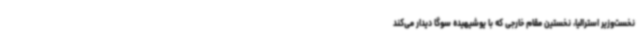
نخست‌وزیر استرالیا، نخستین مقام خارجی که با یوشیهیده سوگا دیدار می‌کند